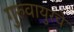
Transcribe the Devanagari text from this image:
गुरुवायुरचे